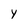
Character: Y